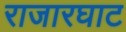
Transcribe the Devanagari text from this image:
राजारघाट